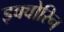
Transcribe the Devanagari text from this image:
इक्वोरिन